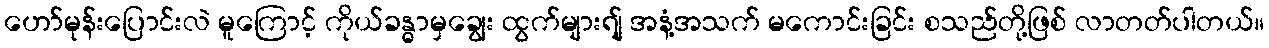
ဟော်မုန်းပြောင်းလဲ မူကြောင့် ကိုယ်ခန္ဓာမှချွေး ထွက်များရျ် အနံ့အသက် မကောင်းခြင်း စသည်တို့ဖြစ် လာတတ်ပါတယ်။